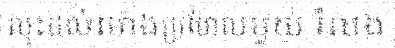
លុះដល់ម៉ោងប្រហែលមួយ រំលង